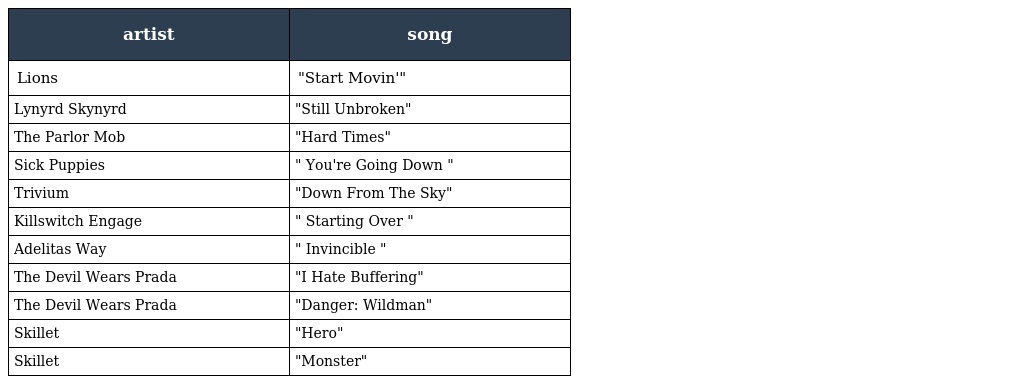
| artist | song |
 | --- | --- |
 | Lions | "Start Movin'" |
 | Lynyrd Skynyrd | "Still Unbroken" |
 | The Parlor Mob | "Hard Times" |
 | Sick Puppies | " You're Going Down " |
 | Trivium | "Down From The Sky" |
 | Killswitch Engage | " Starting Over " |
 | Adelitas Way | " Invincible " |
 | The Devil Wears Prada | "I Hate Buffering" |
 | The Devil Wears Prada | "Danger: Wildman" |
 | Skillet | "Hero" |
 | Skillet | "Monster" |